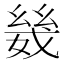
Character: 𫷣